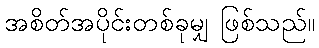
အစိတ်အပိုင်းတစ်ခုမျှ ဖြစ်သည်။